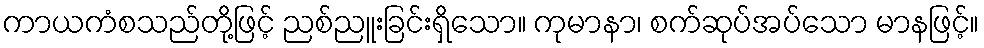
ကာယကံစသည်တို့ဖြင့် ညစ်ညူးခြင်းရှိသော။ ကုမာနာ၊ စက်ဆုပ်အပ်သော မာနဖြင့်။